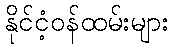
နိုင်ငံ့ဝန်ထမ်းများ